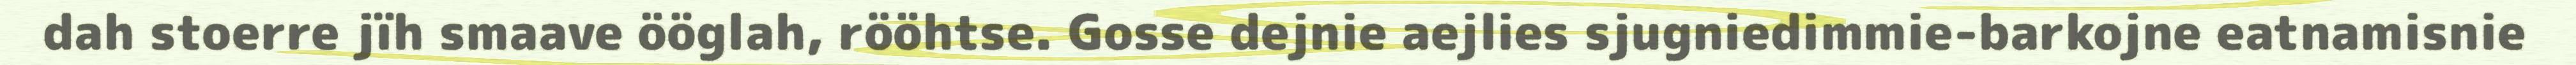
dah stoerre jïh smaave ööglah, rööhtse. Gosse dejnie aejlies sjugniedimmie-barkojne eatnamisnie